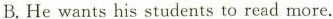
B.Hewants his students to read more.